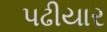
પઢીયાર